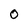
Character: 0